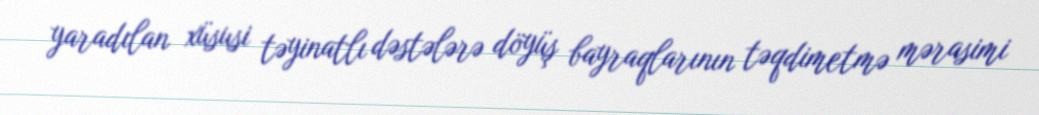
yaradılan xüsusi təyinatlı dəstələrə döyüş bayraqlarının təqdimetmə mərasimi